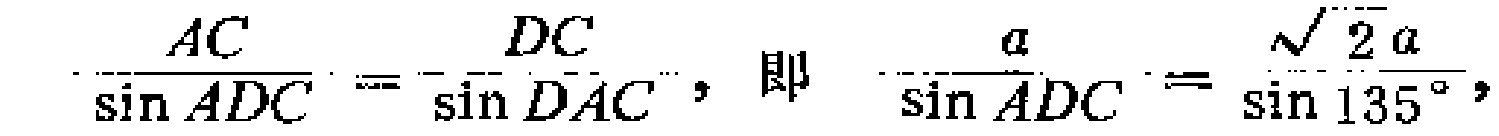
\(\frac{AC}{\sin ADC}=\frac{DC}{\sin DAC},\ 即\ \frac{a}{\sin ADC}=\frac{\sqrt{2}a}{\sin 135^{\circ}},\)